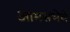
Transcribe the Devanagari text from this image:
आमसभेचे